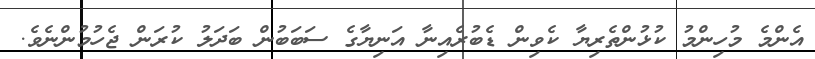
އެންމެ މުހިންމު ކުޅުންތެރިޔާ ކެވިން ޑެބުރެއިނާ އަނިޔާގެ ސަބަބުން ބަދަލު ކުރަން ޖެހުމުންނެވެ.